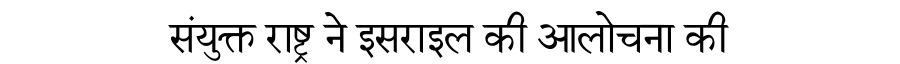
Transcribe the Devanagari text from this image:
संयुक्त राष्ट्र ने इसराइल की आलोचना की